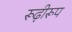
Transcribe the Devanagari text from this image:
रूढ़ीरूप